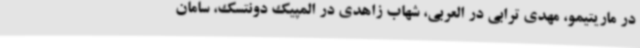
در ماریتیمو، مهدی ترابی در العربی، شهاب زاهدی در المپیک دونتسک، سامان